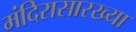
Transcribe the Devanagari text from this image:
मंदिरासारख्या